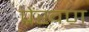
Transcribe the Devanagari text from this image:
प्रेंखण